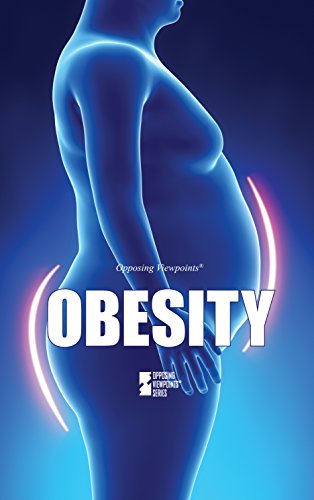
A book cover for Obesity (Opposing Viewpoints); Teen & Young Adult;